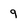
Character: 9